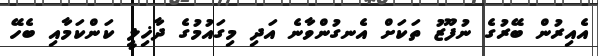
އެއިރުން ބޭރުގެ ނުފޫޒު ތަކަށް އެނގުންވާނެ އަދި މިގައުމުގެ ދާޚިލީ ކަންކަމާއި ބެހޭ